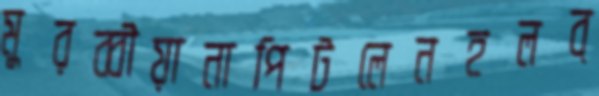
মুরব্বীয়ানাপিটলেনহলব্